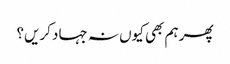
پھر ہم بھی کیوں نہ جہاد کریں؟